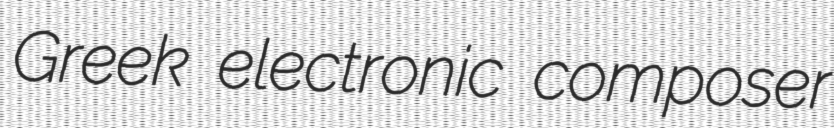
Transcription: Greek electronic composer